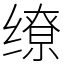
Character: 缭